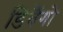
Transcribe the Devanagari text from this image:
डिबैंगो